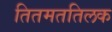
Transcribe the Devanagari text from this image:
तितमततिलक